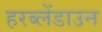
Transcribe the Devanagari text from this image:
हरब्लेंडाउन